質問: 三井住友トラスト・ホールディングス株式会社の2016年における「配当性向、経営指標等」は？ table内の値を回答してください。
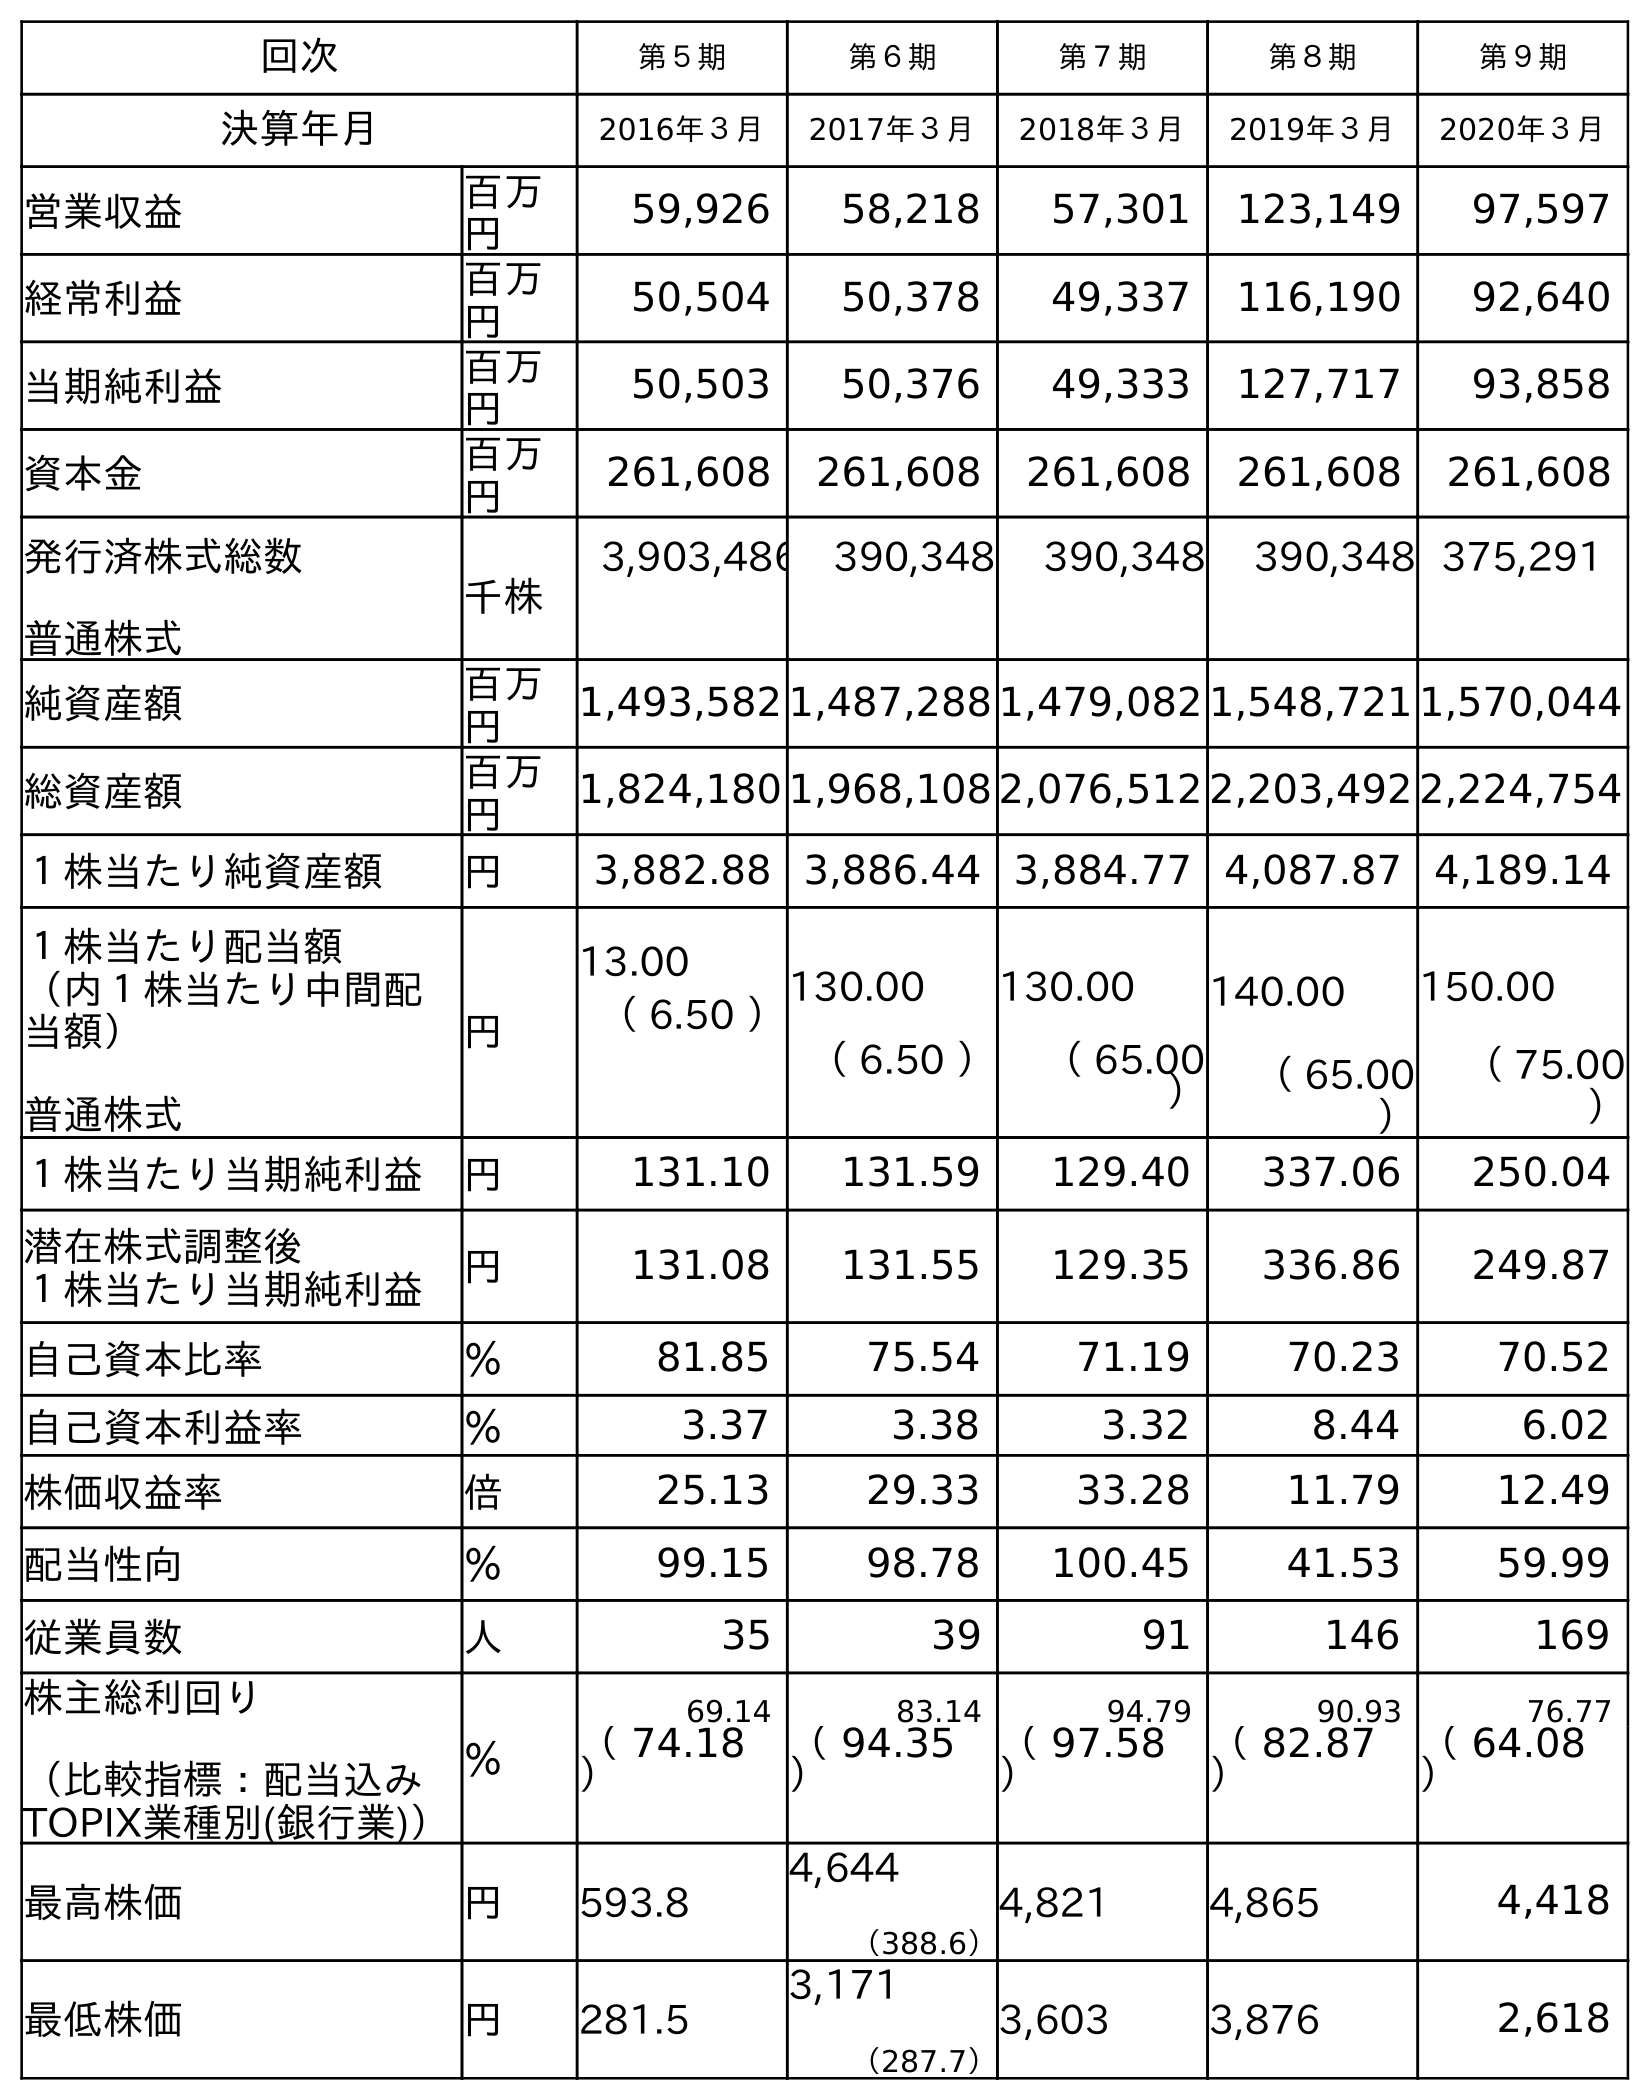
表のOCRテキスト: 回次 第５期 第６期 第７期 第８期 第９期 決算年月 2016年３月 2017年３月 2018年３月 2019年３月 2020年３月 営業収益 百万 円 59,926 58,218 57,301 123,149 97,597 経常利益 百万 円 50,504 50,378 49,337 116,190 92,640 当期純利益 百万 円 50,503 50,376 49,333 127,717 93,858 資本金 百万 円 261,608 261,608 261,608 261,608 261,608 発行済株式総数 普通株式 千株 3,903,486 390,348 390,348 390,348 375,291 純資産額 百万 円 1,493,582 1,487,288 1,479,082 1,548,721 1,570,044 総資産額 百万 円 1,824,180 1,968,108 2,076,512 2,203,492 2,224,754 １株当たり純資産額 円 3,882.88 3,886.44 3,884.77 4,087.87 4,189.14 １株当たり配当額 （内１株当たり中間配 当額） 普通株式 円 13.00 （ 6.50 ）130.00 （ 6.50 ） 130.00 （ 65.00 ） 140.00 （ 65.00 ） 150.00 （ 75.00 ） １株当たり当期純利益 円 131.10 131.59 129.40 337.06 250.04 潜在株式調整後 １株当たり当期純利益 円 131.08 131.55 129.35 336.86 249.87 自己資本比率 ％ 81.85 75.54 71.19 70.23 70.52 自己資本利益率 ％ 3.37 3.38 3.32 8.44 6.02 株価収益率 倍 25.13 29.33 33.28 11.79 12.49 配当性向 ％ 99.15 98.78 100.45 41.53 59.99 従業員数 人 35 39 91 146 169 株主総利回り （比較指標：配当込み TOPIX業種別(銀行業)） ％ 69.14 83.14 94.79 90.93 76.77 （ 74.18 ） （ 94.35 ） （ 97.58 ） （ 82.87 ） （ 64.08 ） 最高株価 円 593.8 4,644 （388.6） 4,821 4,865 4,418 最低株価 円 281.5 3,171 （287.7） 3,603 3,876 2,618
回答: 99.15